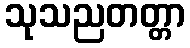
သုသညတတ္တာ